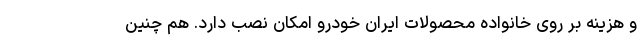
و هزینه بر روی خانواده محصولات ایران خودرو امکان نصب دارد. هم چنین